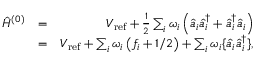
\begin{array} { r l r } { \hat { H } ^ { ( 0 ) } } & { = } & { V _ { \mathrm { r e f } } + \frac { 1 } { 2 } \sum _ { i } \omega _ { i } \left( \hat { a } _ { i } \hat { a } _ { i } ^ { \dagger } + \hat { a } _ { i } ^ { \dagger } \hat { a } _ { i } \right) } \\ & { = } & { V _ { \mathrm { r e f } } + \sum _ { i } { { \omega } _ { i } } \left( f _ { i } + { 1 } / { 2 } \right) + \sum _ { i } { { \omega } _ { i } } \{ \hat { a } _ { i } \hat { a } _ { i } ^ { \dagger } \} , } \end{array}